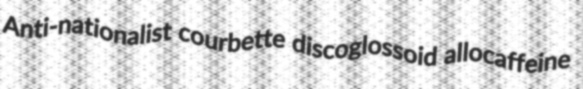
Anti-nationalist courbette discoglossoid allocaffeine